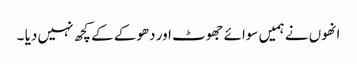
انھوں نے ہمیں سوائے جھوٹ اور دھوکے کے کچھ نہیں دیا ۔